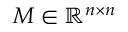
M \in \mathbb { R } ^ { n \times n }